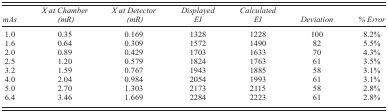
| mAs | X at Chamber (mR) | X at Detector (mR) | Displayed EI | Calculated EI | Deviation | % Error |
 | --- | --- | --- | --- | --- | --- | --- |
 | 1.0 | 0.35 | 0.169 | 1328 | 1228 | 100 | 8.2% |
 | 1.6 | 0.64 | 0.309 | 1572 | 1490 | 82 | 5.5% |
 | 2.0 | 0.89 | 0.429 | 1703 | 1633 | 70 | 4.3% |
 | 2.5 | 1.20 | 0.579 | 1824 | 1763 | 61 | 3.5% |
 | 3.2 | 1.59 | 0.767 | 1943 | 1885 | 58 | 3.1% |
 | 4.0 | 2.04 | 0.984 | 2054 | 1993 | 61 | 3.1% |
 | 5.0 | 2.70 | 1.303 | 2173 | 2115 | 58 | 2.8% |
 | 6.4 | 3.46 | 1.669 | 2284 | 2223 | 61 | 2.8% |